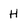
Character: H